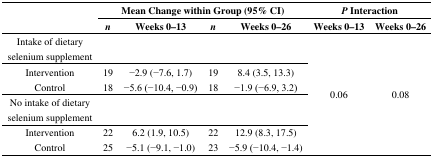
<table><thead><tr><td rowspan="2"></td><td colspan="4"><b>Mean Change within Group (95% CI)</b></td><td colspan="2"><b><i>P</i> Interaction</b></td></tr><tr><td><b><i>n</i></b></td><td><b>Weeks 0–13</b></td><td><b><i>n</i></b></td><td><b>Weeks 0–26</b></td><td><b>Weeks 0–13</b></td><td><b>Weeks 0–26</b></td></tr></thead><tbody><tr><td>Intake of dietary selenium supplement</td><td></td><td></td><td></td><td></td><td rowspan="6">0.06</td><td rowspan="6">0.08</td></tr><tr><td>Intervention</td><td>19</td><td>−2.9 (−7.6, 1.7)</td><td>19</td><td>8.4 (3.5, 13.3)</td></tr><tr><td>Control</td><td>18</td><td>−5.6 (−10.4, −0.9)</td><td>18</td><td>−1.9 (−6.9, 3.2)</td></tr><tr><td>No intake of dietary selenium supplement</td><td></td><td></td><td></td><td></td></tr><tr><td>Intervention</td><td>22</td><td>6.2 (1.9, 10.5)</td><td>22</td><td>12.9 (8.3, 17.5)</td></tr><tr><td>Control</td><td>25</td><td>−5.1 (−9.1, −1.0)</td><td>23</td><td>−5.9 (−10.4, −1.4)</td></tr></tbody></table>